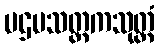
ပဌမသတ္တကသုတ္တံ